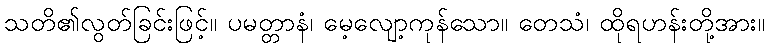
သတိ၏လွတ်ခြင်းဖြင့်။ ပမတ္တာနံ၊ မေ့လျော့ကုန်သော။ တေသံ၊ ထိုရဟန်းတို့အား။